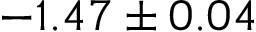
- 1 . 4 7 \pm 0 . 0 4